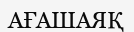
АҒАШАЯҚ